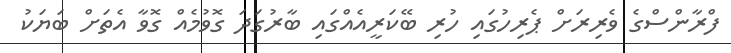
ފްރާންސްގެ ވެރިރަށް ޕެރިހުގައި ހުރި ބޭކަރީއެެއްގައި ބާރުގަދަ ގޮވުމެއް ގޮވާ އެތަށް ބަޔަކު